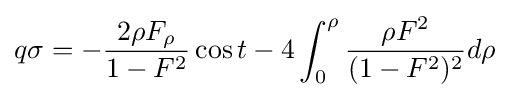
q\sigma =-{\frac {2\rho F_{\rho }}{1-F^{2}}}\cos t-4\int _{0}^{\rho }{\frac {\rho F^{2}}{(1-F^{2})^{2}}}d\rho